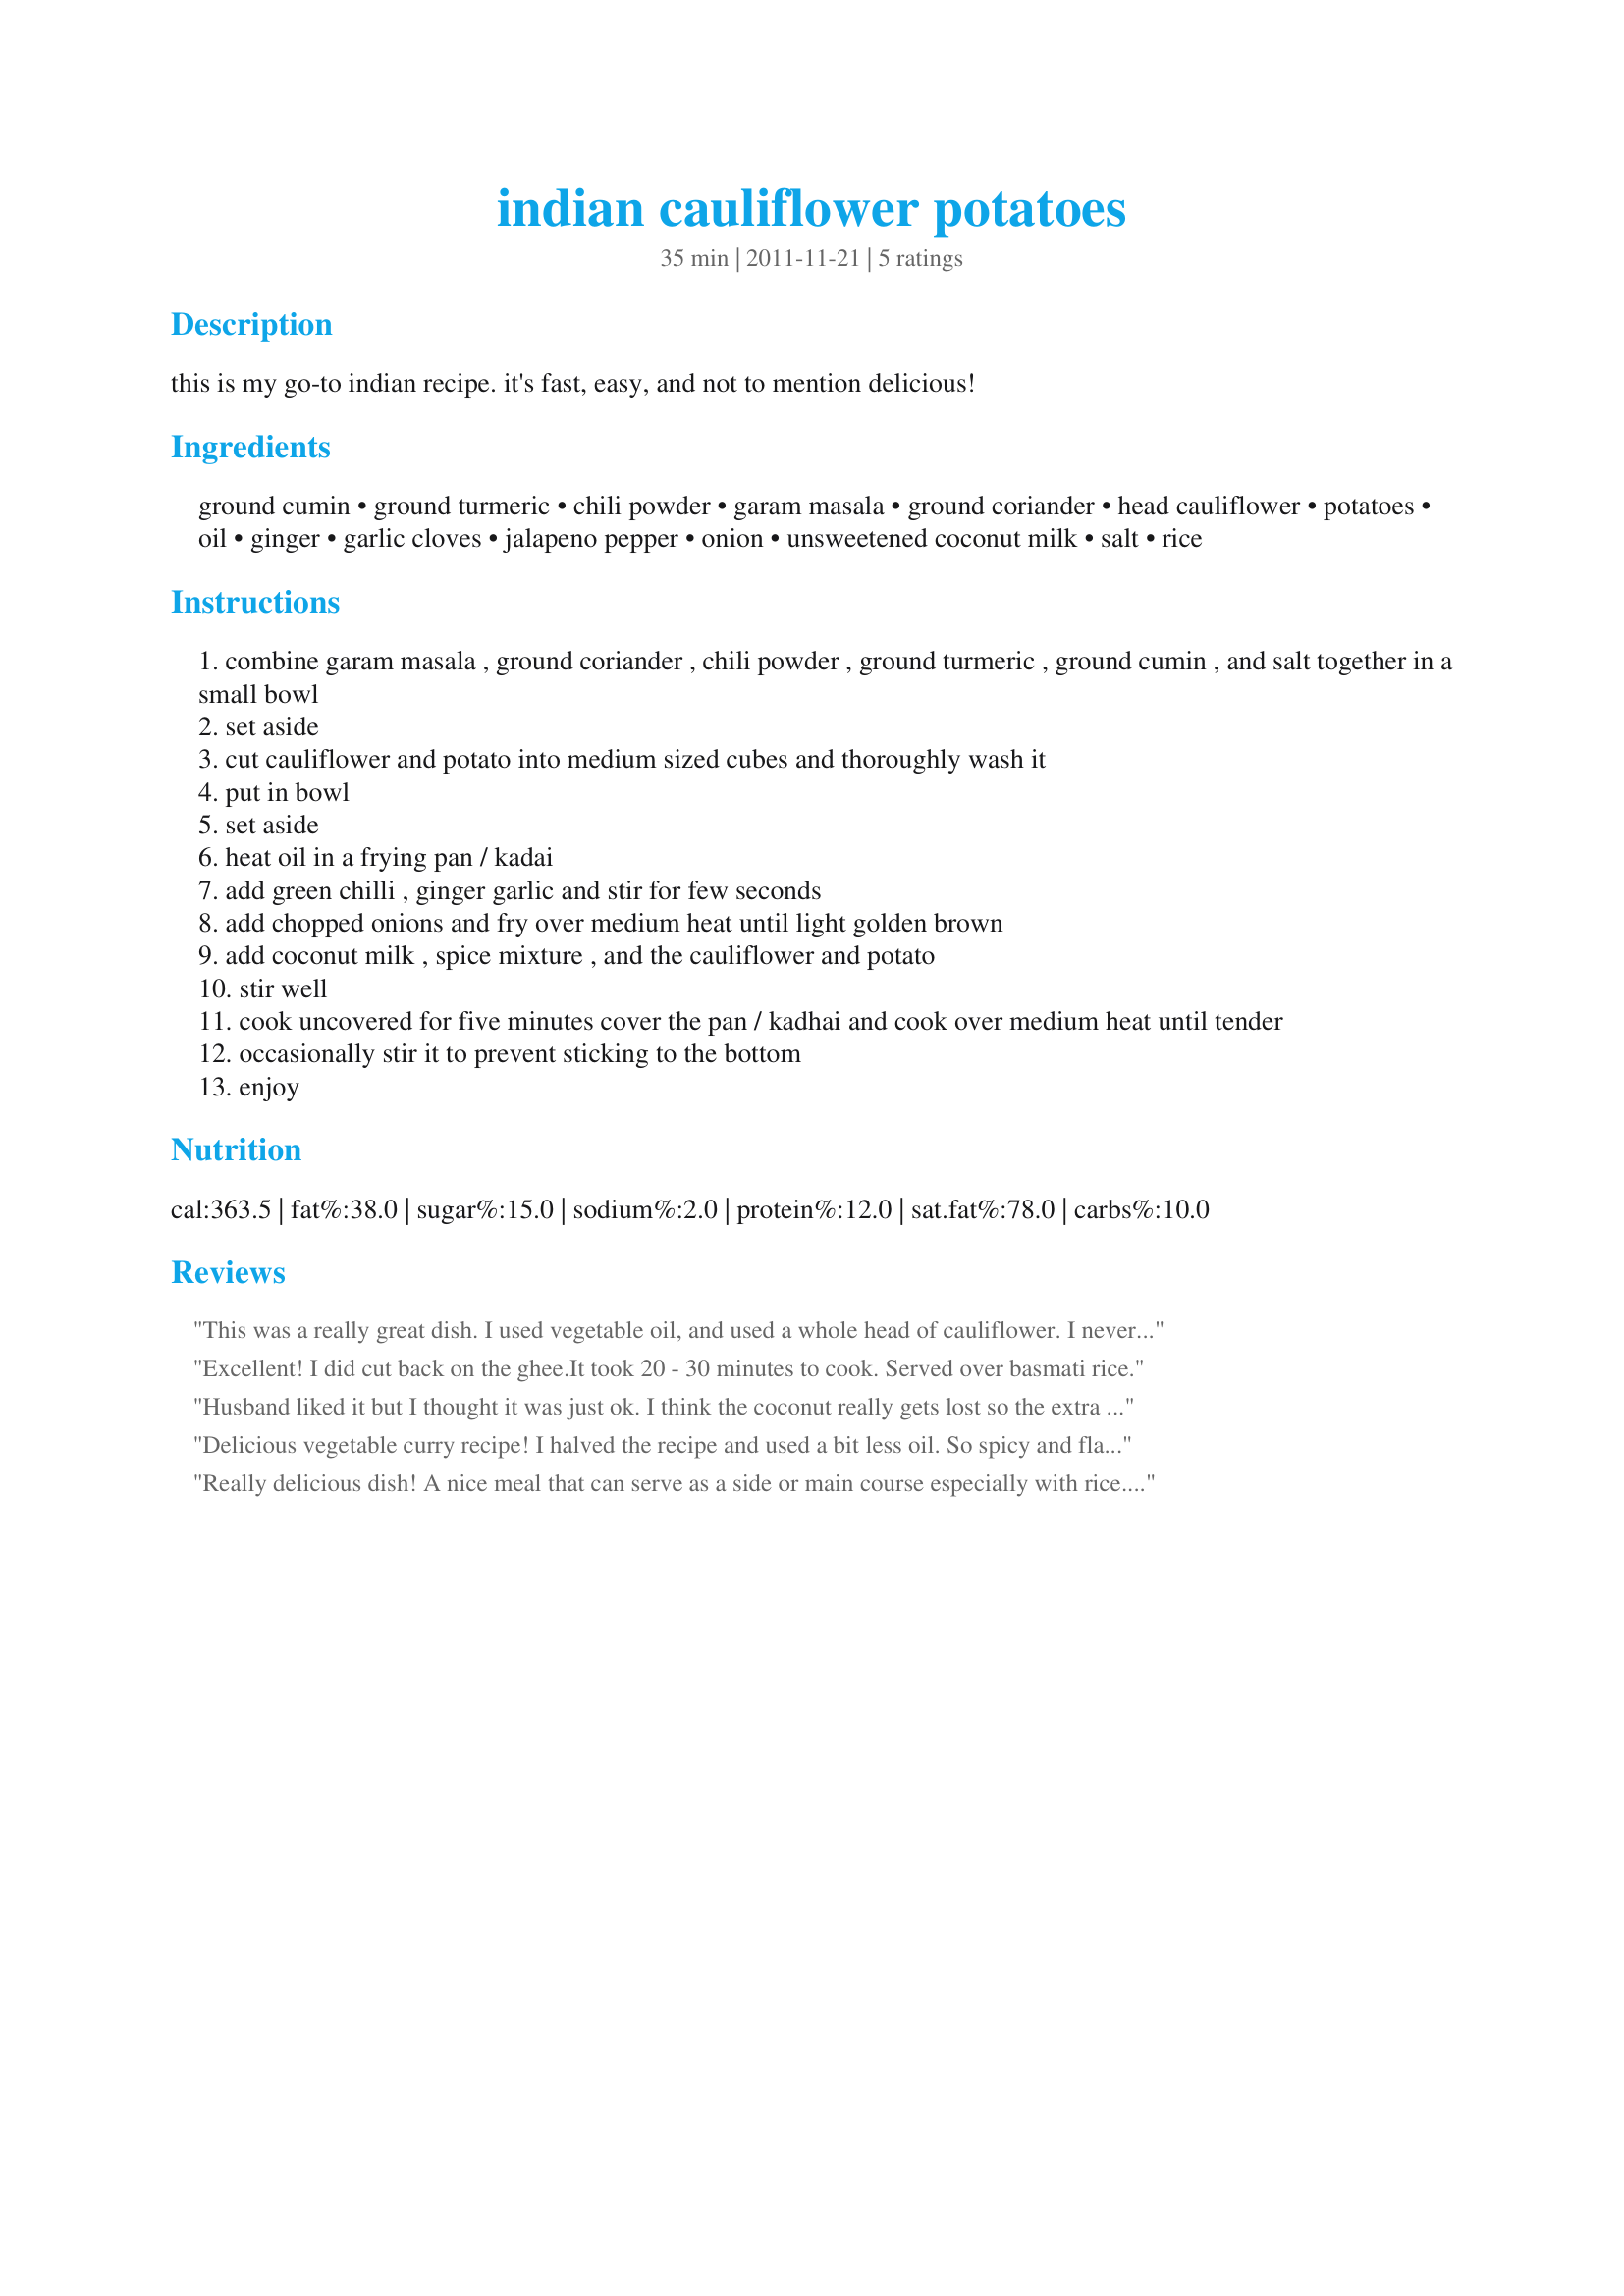
indian cauliflower potatoes
Preparation time: 35 minutes

this is my go-to indian recipe. it's fast, easy, and not to mention delicious!

Ingredients:
ground cumin, ground turmeric, chili powder, garam masala, ground coriander, head cauliflower, potatoes, oil, ginger, garlic cloves, jalapeno pepper, onion, unsweetened coconut milk, salt, rice

Steps:
combine garam masala , ground coriander , chili powder , ground turmeric , ground cumin , and salt together in a small bowl
set aside
cut cauliflower and potato into medium sized cubes and thoroughly wash it
put in bowl
set aside
heat oil in a frying pan / kadai
add green chilli , ginger garlic and stir for few seconds
add chopped onions and fry over medium heat until light golden brown
add coconut milk , spice mixture , and the cauliflower and potato
stir well
cook uncovered for five minutes cover the pan / kadhai and cook over medium heat until tender
occasionally stir it to prevent sticking to the bottom
enjoy

Reviews:
This was a really great dish. I used vegetable oil, and used a whole head of cauliflower. I never thought of using jalapeno peppers, but it brought such a sharp and hot taste to it that I enjoyed. It made for a great side dish for my family's usual Sunday afternoon vegetarian meal.
Excellent! I did cut back on the ghee.It took 20 - 30 minutes to cook. Served over basmati rice.
Husband liked it but I thought it was just ok. I think the coconut really gets lost so the extra calories aren;t worth it. I might dry the dry version of aloo gobi next time with fresh spices.
Delicious vegetable curry recipe! I halved the recipe and used a bit less oil. So spicy and flavorful and quick to make. Thanks for sharing the recipe!
Really delicious dish! A nice meal that can serve as a side or main course especially with rice. We love cauliflower and potatoes together and the sauce was very flavorful - love cooking with coconut milk. Will definitely make this dish again! Made for the Everyday is a Holiday tag, January, 2012.
